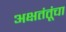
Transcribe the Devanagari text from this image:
अक्षतंतूंचा